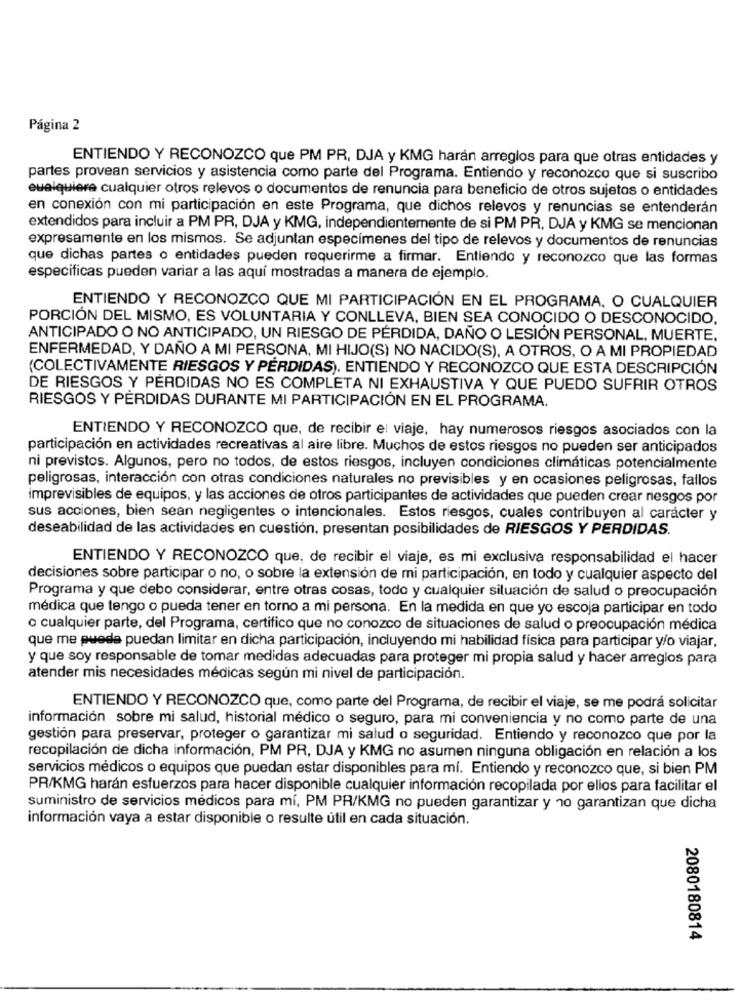
Página 2
ENTIENDO Y RECONOZCO que PM PR, DJA y KMG harán arreglos para que otras entidades y
partes provean servicios y asistencia como parte del Programa. Entiendo y reconozco que si suscribo
euelquiere cualquier otros relevos o documentos de renuncia para beneficio de otros sujetos o entidades
en conexión con mi participación en este Programa, que dichos relevos y renuncias se entenderán
extendidos para incluir a PM PR, DJA y KMG, independientemente de si PM PR, DJA y KMG se mencionan
expresamente en los mismos. Se adjuntan especímenes del tipo de relevos y documentos de renuncias
que dichas partes o entidades pueden requerirme a firmar. Entiendo y reconozco que las formas
especificas pueden variar a las aquí mostradas a manera de ejemplo.
ENTIENDO Y RECONOZCO QUE MI PARTICIPACIÓN EN EL PROGRAMA. O CUALQUIER
PORCIÓN DEL MISMO, ES VOLUNTARIA Y CONLLEVA, BIEN SEA CONOCIDO O DESCONOCIDO,
ANTICIPADO O NO ANTICIPADO, UN RIESGO DE PÉRDIDA, DAÑO O LESIÓN PERSONAL, MUERTE,
ENFERMEDAD, Y DAÑO A MI PERSONA, MI HIJO(S) NO NACIDO(S), A OTROS, O A MI PROPIEDAD
(COLECTIVAMENTE RIESGOS Y PERDIDAS). ENTIENDO Y RECONOZCO QUE ESTA DESCRIPCIÓN
DE RIESGOS Y PERDIDAS NO ES COMPLETA NI EXHAUSTIVA Y QUE PUEDO SUFRIR OTROS
RIESGOS Y PÉRDIDAS DURANTE MI PARTICIPACIÓN EN EL PROGRAMA.
ENTIENDO Y RECONOZCO que, de recibir el viaje, hay numerosos riesgos asociados con la
participación en actividades recreativas al aire libre. Muchos de estos riesgos no pueden ser anticipados
ni previstos. Algunos, pero no todos, de estos riesgos, incluyen condiciones climáticas potencialmente
peligrosas, interacción con otras condiciones naturales no previsibles y en ocasiones peligrosas, fallos
imprevisibles de equipos, y las acciones de otros participantes de actividades que pueden crear riesgos por
sus acciones, bien sean negligentes o intencionales. Estos riesgos, cuales contribuyen al carácter y
deseabilidad de las actividades en cuestión, presentan posibilidades de RIESGOS Y PERDIDAS.
ENTIENDO Y RECONOZCO que, de recibir el viaje, es mi exclusiva responsabilidad el hacer
decisiones sobre participar o no, o sobre la extensión de mi participación, en todo y cualquier aspecto del
Programa y que debo considerar, entre otras cosas, todo y cualquier situación de salud o preocupación
médica que tengo o pueda tener en torno a mi persona. En la medida en que yo escoja participar en todo
o cualquier parte, del Programa, certifico que no conozco de situaciones de salud o preocupación médica
que me puede puedan limitar en dicha participación, incluyendo mi habilidad fisica para participar y/o viajar,
y que soy responsable de tomar medidas adecuadas para proteger mi propia salud y hacer arreglos para
atender mis necesidades médicas según mi nivel de participación.
ENTIENDO Y RECONOZCO que, como parte del Programa, de recibir el viaje, se me podrá solicitar
información sobre mi salud, historial médico o seguro, para mi conveniencia y no como parte de una
gestión para preservar, proteger o garantizar mi salud o seguridad. Entiendo y reconozco que por la
recopilación de dicha información, PM PR, DJA y KMG no asumen ninguna obligación en relación a los
servicios médicos o equipos que puedan estar disponibles para mí. Entiendo y reconozco que, si bien PM
PR/KMG harán esfuerzos para hacer disponible cualquier información recopilada por ellos para facilitar el
suministro de servicios médicos para mí, PM PR/KMG no pueden garantizar y 10 garantizan que dicha
información vaya a estar disponible o resulte útil en cada situación.
2080180814